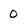
Character: 0